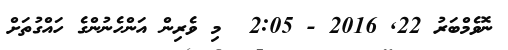
ނޮވެމްބަރު 22